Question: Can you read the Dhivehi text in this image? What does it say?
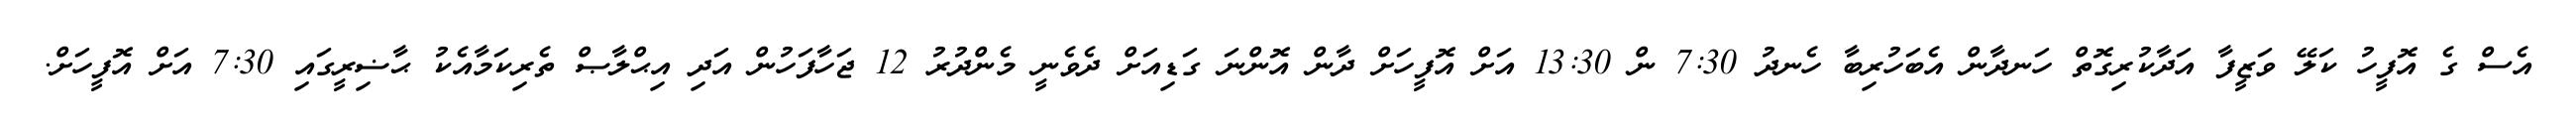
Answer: އެސް ގެ އޮފީހު ކަލޭ ވަޒީފާ އަދާކުރިގޮތް ހަނދާން އެބަހުރިބާ ހެނދު 7:30 ން 13:30 އަށް އޮފީހަށް ދާން އޮންނަ ގަޑިއަށް ދެވެނީ މެންދުރު 12 ޖަހާފަހުން އަދި އިޙްލާޞް ތެރިކަމާއެކު ޙާޟިރީގައި 7:30 އަށް އޮފީހަށް.